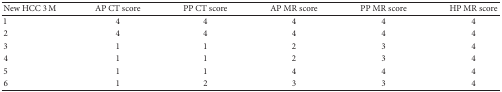
<table><thead><tr><td><b>New HCC 3 M </b></td><td><b>AP CT score</b></td><td><b>PP CT score</b></td><td><b>AP MR score</b></td><td><b>PP MR score</b></td><td><b>HP MR score</b></td></tr></thead><tbody><tr><td>1</td><td>4</td><td>4</td><td>4</td><td>4</td><td>4</td></tr><tr><td>2</td><td>4</td><td>4</td><td>4</td><td>4</td><td>4</td></tr><tr><td>3</td><td>1</td><td>1</td><td>2</td><td>3</td><td>4</td></tr><tr><td>4</td><td>1</td><td>1</td><td>2</td><td>3</td><td>4</td></tr><tr><td>5</td><td>1</td><td>1</td><td>4</td><td>4</td><td>4</td></tr><tr><td>6</td><td>1</td><td>2</td><td>3</td><td>3</td><td>4</td></tr></tbody></table>